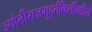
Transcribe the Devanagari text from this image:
ज्योतीराजमुहूर्तकिर्तीमहिते